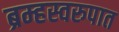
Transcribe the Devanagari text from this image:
ब्रम्हस्वरुपात